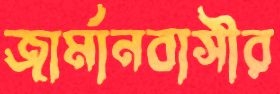
জার্মানবাসীর